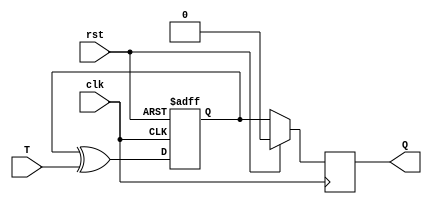
module async_t_ff (
    input T, // input T signal
    input clk, // clock signal
    input rst, // asynchronous reset
    output reg Q
);

reg D;

always @(posedge clk or posedge rst)
begin
    if (rst)
        D <= 1'b0; // reset state
    else
        D <= D ^ T; // toggle the D input based on T signal
end

always @(posedge clk)
begin
    if (rst)
        Q <= 1'b0; // reset state
    else
        Q <= D; // output Q takes the value of D on clock edge
end

endmodule